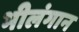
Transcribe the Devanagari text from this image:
भीलंगान